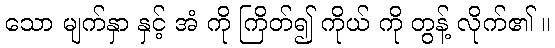
သော မျက်နှာ နှင့် အံ ကို ကြိတ်၍ ကိုယ် ကို တွန့် လိုက်၏ ။